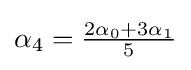
{\textstyle \alpha _{4}={{2\alpha _{0}+3\alpha _{1}} \over 5}}